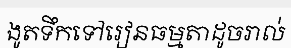
ងូតទឹកទៅរៀនធម្មតាដូចរាល់